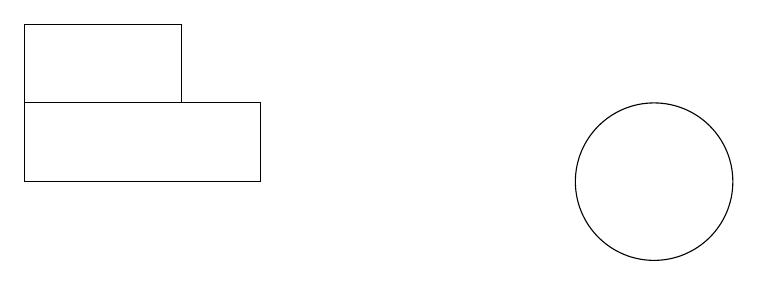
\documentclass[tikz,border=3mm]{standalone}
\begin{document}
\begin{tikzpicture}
\draw (11,12) circle (1);
\draw (6,12) rectangle (3,13);
\draw (3,14) rectangle (5,13);
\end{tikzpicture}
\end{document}